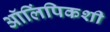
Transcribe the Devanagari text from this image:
ऑलिंपिकशी